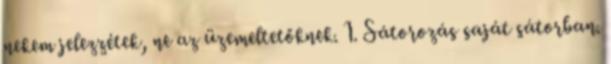
nekem jelezzétek, ne az üzemeltetőknek. 1. Sátorozás saját sátorban.